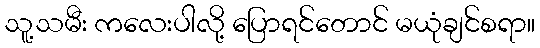
သူ့သမီး ကလေးပါလို့ ပြောရင်တောင် မယုံချင်စရာ။